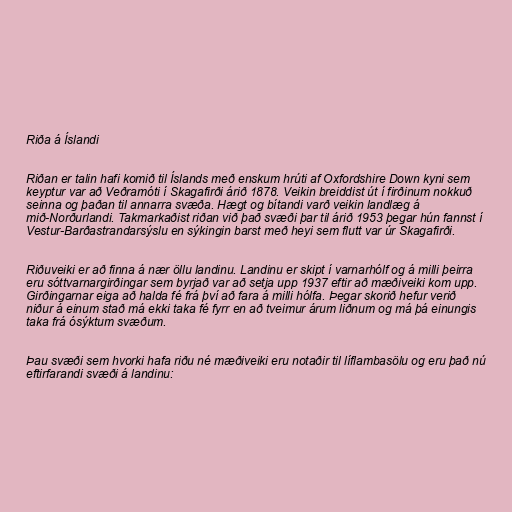
Riða á Íslandi

Riðan er talin hafi komið til Íslands með enskum hrúti af Oxfordshire Down kyni sem
keyptur var að Veðramóti í Skagafirði árið 1878. Veikin breiddist út í firðinum nokkuð
seinna og þaðan til annarra svæða. Hægt og bítandi varð veikin landlæg á
mið-Norðurlandi. Takmarkaðist riðan við það svæði þar til árið 1953 þegar hún fannst í
Vestur-Barðastrandarsýslu en sýkingin barst með heyi sem flutt var úr Skagafirði.

Riðuveiki er að finna á nær öllu landinu. Landinu er skipt í varnarhólf og á milli þeirra
eru sóttvarnargirðingar sem byrjað var að setja upp 1937 eftir að mæðiveiki kom upp.
Girðingarnar eiga að halda fé frá því að fara á milli hólfa. Þegar skorið hefur verið
niður á einum stað má ekki taka fé fyrr en að tveimur árum liðnum og má þá einungis
taka frá ósýktum svæðum.

Þau svæði sem hvorki hafa riðu né mæðiveiki eru notaðir til líflambasölu og eru það nú
eftirfarandi svæði á landinu: